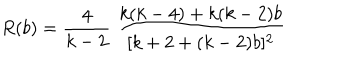
R ( b ) = \frac { 4 } { k - 2 } \; \frac { k ( k - 4 ) + k ( k - 2 ) b } { [ k + 2 + ( k - 2 ) b ] ^ { 2 } }